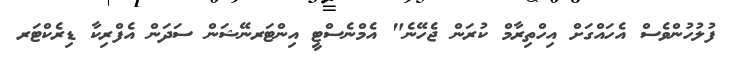
ފުލުހުންވެސް އެހައްގަށް އިހްތިރާމް ކުރަން ޖެހޭނެ" އެމްނެސްޓީ އިންޓަރނޭޝަން ސަދަން އެފްރިކާ ޑިރެކްޓަރ